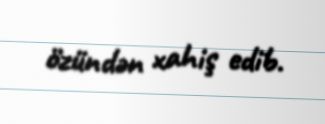
özündən xahiş edib.